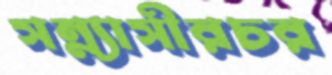
সন্ন্যাসীরচর